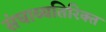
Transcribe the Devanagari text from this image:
संघाव्यतिरिक्त